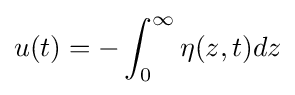
u(t)=-\int _{0}^{\infty }\eta (z,t)dz